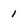
Character: 1